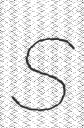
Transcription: S